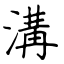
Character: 溝